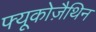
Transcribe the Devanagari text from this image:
फ्यूकोज़ैथिन